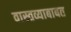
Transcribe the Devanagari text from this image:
वास्तव्याबाबत